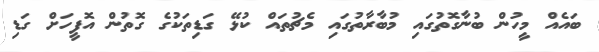
ބައެއް މީހުން ބުނާގޮތުގައި މުބާރާތުގައި މެޗުތައް ކުޅޭ ގަޑިތަކުގެ ގޮތުން އޮފީހަށް ގަޑި